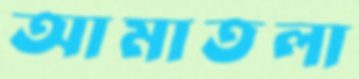
আমাতলা